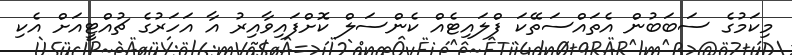
މިކަމުގެ ސަބަބުން އެތައްސަތޭކަ ފްލައިޓެއް ކެންސަލް ކޮށްފައިވާއިރު އާ އަހަރުގެ ޗުއްޓީއަށް އެކި